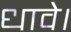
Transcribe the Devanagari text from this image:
धावे।